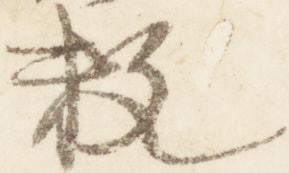
数